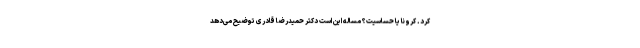
کرد. کرونا یا حساسیت؟ مساله این است دکتر حمیدرضا قادری توضیح می‌دهد